system: You are a helpful assistant.
user:
Analyze the provided spectrum to determine if it is a **Carbon Star (C-type)**.

- **Key Visual Indicators of Carbon Star:**
    - **(Primary):** Strong molecular absorption from **C₂ (diatomic carbon) "Swan Bands."** This is the **defining feature** of a carbon star.
        - **(Key Bandheads):** Sharp absorption edges are visible at approximately $5635$ Å, $5165$ Å (the strongest band), and $4737$ Å.
        - **(Line Profile):** Creates a distinct **"saw-tooth"** pattern. The key morphology is a sharp, steep bandhead on the **red (long-wavelength) side**, which then gradually tapers off (i.e., flux recovers) towards the **blue (short-wavelength) side**. *(This is the direct opposite of the TiO bands seen in M-type stars)*.

    - **(Secondary):** Intense **CN (cyanogen)** molecular absorption bands.
        - **(Key Bandheads):** Located in the blue and violet regions of the spectrum (e.g., near $4215$ Å and $3883$ Å).
        - **(Morphology):** These bands are extremely broad and act as a "blanket," absorbing the vast majority of blue and violet light. This creates a characteristic **"cliff"** or **"steep drop-off"** in the spectrum's flux at short wavelengths.

    - **(Key Confirmation):** Strong **CH absorption band (G-band)**.
        - **(Key Bandhead):** Located around $4300$ Å. The contribution from CH molecules to this band is exceptionally strong.

    - **(Overall Spectrum):**
        - The continuum is severely "chopped up" by these deep molecular bands, especially C₂, rather than appearing as a smooth curve.
        - Due to the heavy CN and C₂ absorption in the blue-green, the vast majority of the star's flux is concentrated in the red part of the spectrum, giving the star its characteristic deep red color.

Think first, call **spectral_visualization_tool** if needed to examine features in detail, then provide your final answer. Your response must adhere to the following strict rules:
1.  **Overall Structure:** Your response must follow the format `<think>...</think> <tool_call>...</tool_call> (if a tool is used) <answer>...</answer>`.
2.  **Tool Usage Constraint:** You may only make **one** tool call per turn.
3.  **Final Answer Format:** In the `<answer>` tag, your conclusion must be inside a `\boxed{}` command (e.g., `\boxed{YES}`), followed by your justification.

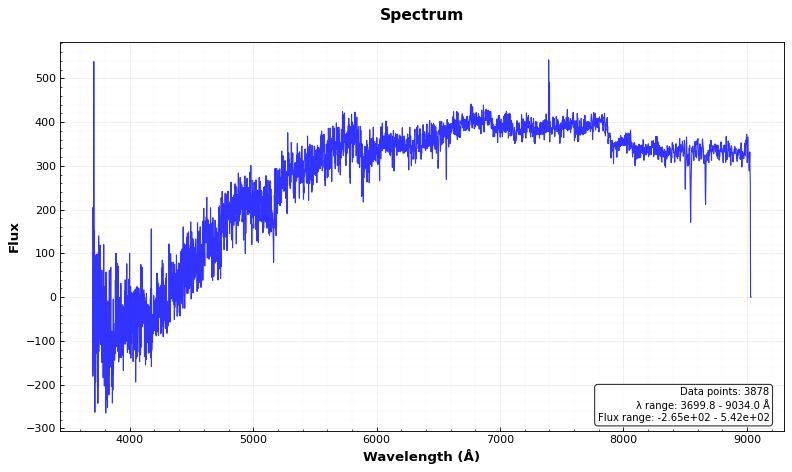
Answer: YES